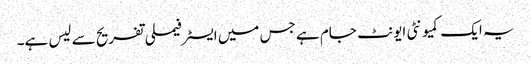
یہ ایک کمیونٹی ایونٹ جام ہے جس میں ایسٹر فیملی تفریح ​​سے لیس ہے۔